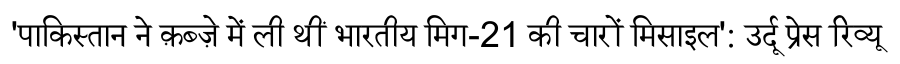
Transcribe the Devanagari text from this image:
'पाकिस्तान ने क़ब्ज़े में ली थीं भारतीय मिग-21 की चारों मिसाइल': उर्दू प्रेस रिव्यू